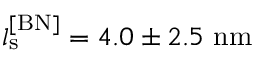
l _ { \mathrm { s } } ^ { \mathrm { [ B N ] } } = 4 . 0 \pm 2 . 5 \ \mathrm { n m }